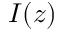
I ( z )